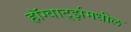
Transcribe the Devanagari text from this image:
हॉग्वार्ट्झमधील